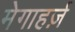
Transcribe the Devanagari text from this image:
मेगाहर्ज़